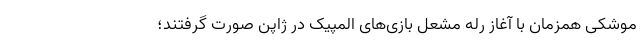
موشکی همزمان با آغاز رله مشعل بازی‌های المپیک در ژاپن صورت گرفتند؛